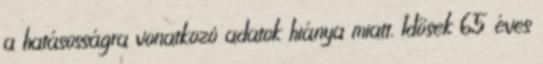
a hatásosságra vonatkozó adatok hiánya miatt. Idősek 65 éves